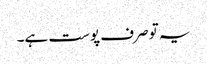
یہ تو صرف پوست ہے۔